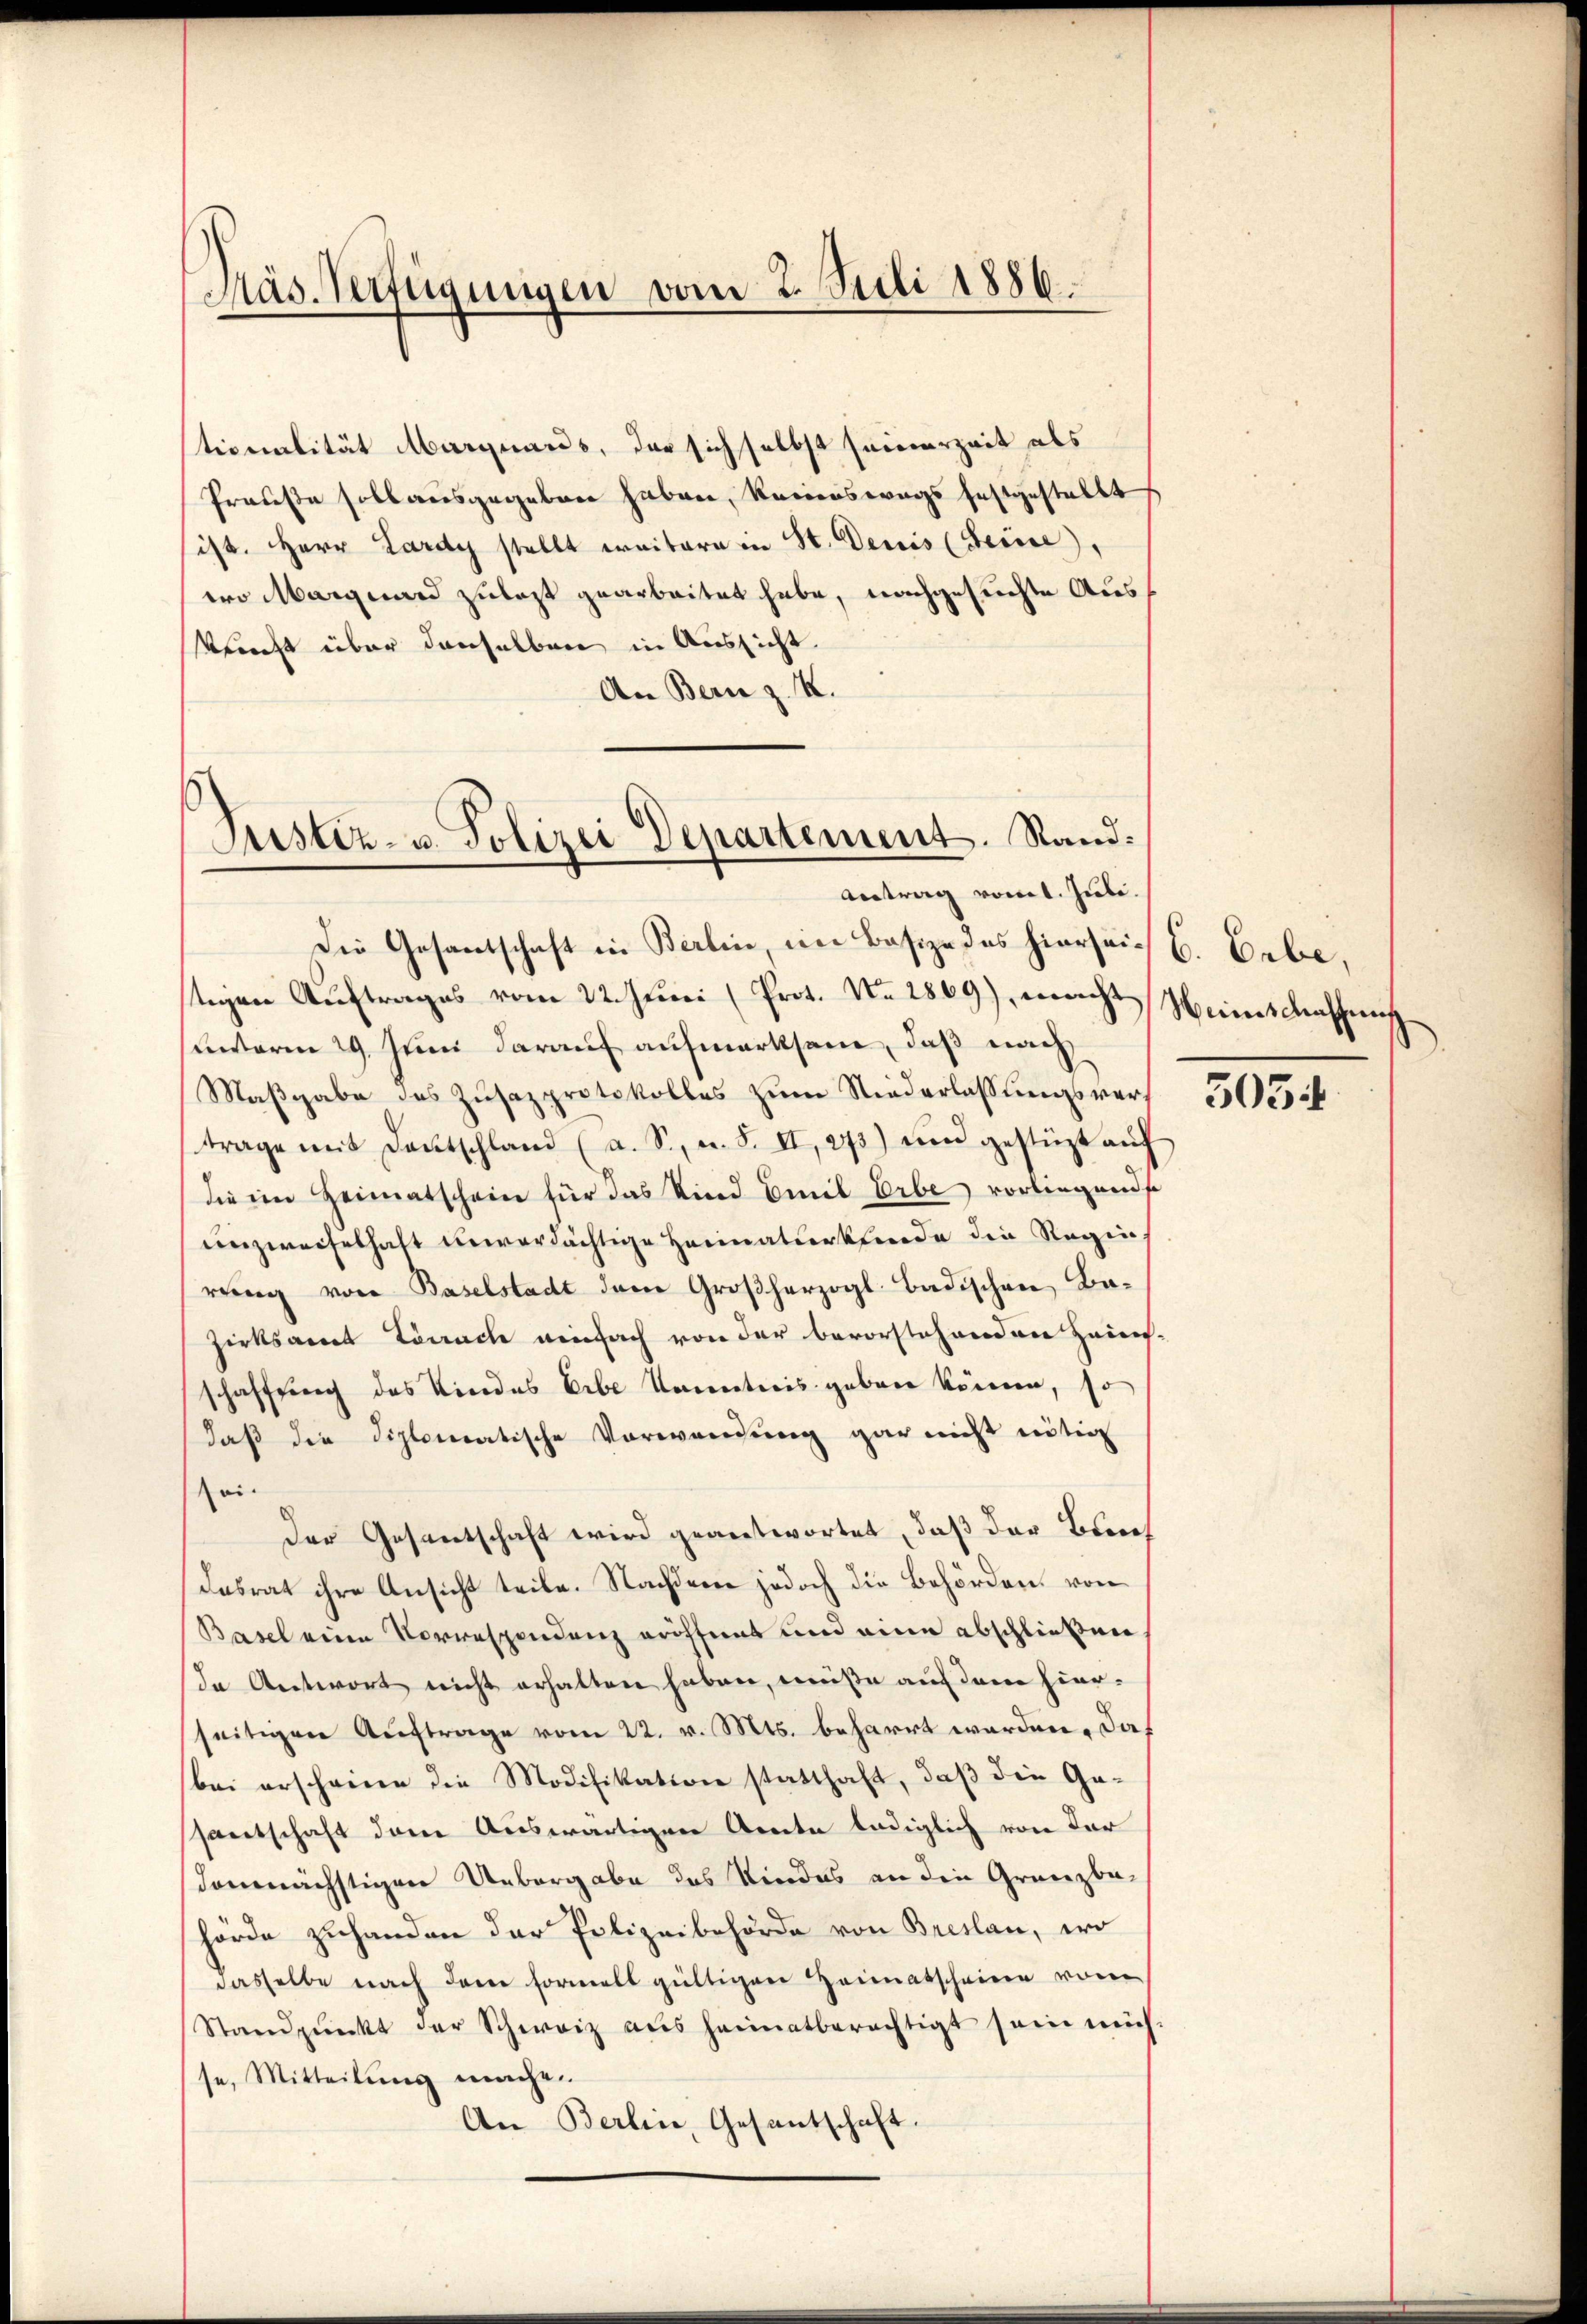
Päs. Verfügungen vom 2. Suli 1886

tionalität Marguards, der sich selbst seinerzeit als
Prauße soll ausgegeben haben, keinenswegs festgestellt
ist. Herr Lardy stellt weitern in St. Denis (Seine,
wo Marguard zulast gearbeitet habe, nachgesuchte Auskriecht über denselben in Aussicht.
An Bern z. K.
Justiz- u. Polizei Departement. Stand:

Antrag vom 1. Juli.
Die Gesantschaft in Berlin, im Basize des hiersei. B. Bebe,

stigen Auftrages vom 22. Juni (Prot. No. 2869), macht Heimschaffung
unterm 29. Juni darauf aufmerksam, daß nach
Maßgabe des Zusazprotokolles zum Niederlassungsvertrage mit Deutschland (a. S., n. F. II, 273) und gestüzt aŭf
die im Heimatschein für das Kind Emil Erbe vorliegende
unzweifelhaft unverdächtige Heimatserkleide die Reginrung von Baselstadt dem Großherzogl. Badischen Bazirksamt Lörrach einfach von der bevorstehenden Zins-
schaffung des Kindes Erbe kanntnis geben können, so
daβ die diplomatische Vorwandung gar nicht nötig
sei¬
Der Gesantschaft wird geantwortet, daß der Bren¬
Dasrat ihre Ansicht teile. Nachdem jedoch die Behörden, von
Basel eine Vorrespendenz eröffnet und eine abschließen
In Antwort nicht erhalten haben, müße auf dem hierseitigen Auftrage vom 22. v. Mts. beharrt worden, das
bei erscheine die Modifikation statthaft, daß die Gesantschaft dem Auswärtigen Amte lediglich von der
demnächstigen Uebergabe das Kindes an die Gränz(...)
hörde zuhanden der Polizeibehörde von Breslau, wo
dasselbe nach dem Formell gültigen Heimatscheinen von
Standpŭnkt der Schweiz aus heimatberechtigt sein mich
se, Mitteilung mache.
An Berlin, Gesantschaft.

305